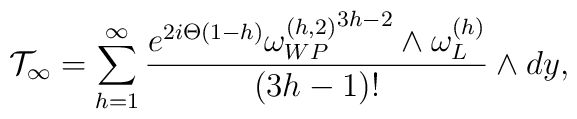
{\cal T}_{\infty}=\sum_{h=1}^{\infty}{e^{2i\Theta(1-h)}{\omega_{WP}^{(h,2)}}^{3h-2}\wedge\omega_L^{(h)}\over(3h-1)!}\wedge dy,